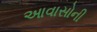
આવાસોની